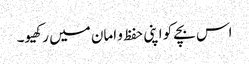
اس بچے کو اپنی حفظ و امان میں رکھیو۔